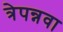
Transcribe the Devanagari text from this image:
त्रेपन्नवा